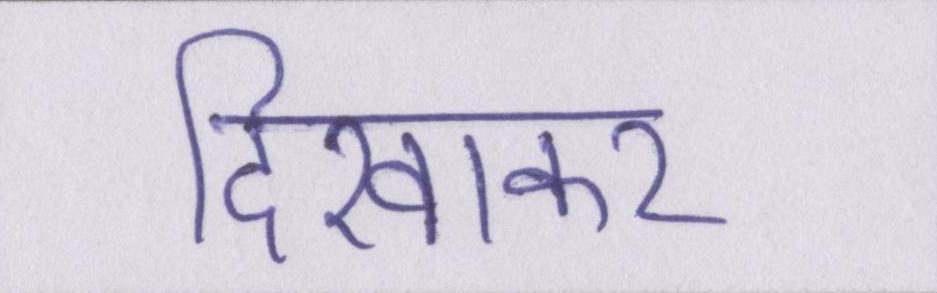
दिखाकर